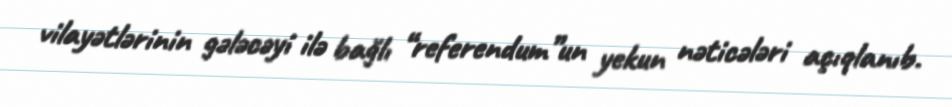
vilayətlərinin gələcəyi ilə bağlı “referendum”un yekun nəticələri açıqlanıb.